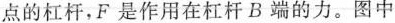
点的杠杆，F是作用在杠杆B端的力。图中